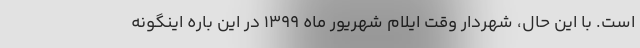
است. با این حال، شهردار وقت ایلام شهریور ماه ۱۳۹۹ در این باره اینگونه